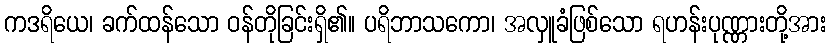
ကဒရိယေ၊ ခက်ထန်သော ဝန်တိုခြင်းရှိ၏။ ပရိဘာသကော၊ အလှူခံဖြစ်သော ရဟန်းပုဏ္ဏားတို့အား